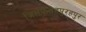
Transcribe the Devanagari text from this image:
जिलफतेहपुरहपुर